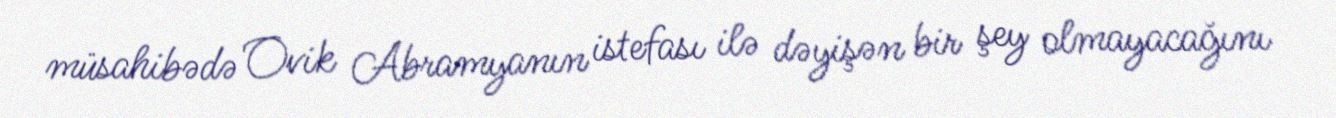
müsahibədə Ovik Abramyanın istefası ilə dəyişən bir şey olmayacağını